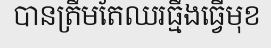
បានត្រឹមតែឈរធ្មឹងធ្វើមុខ